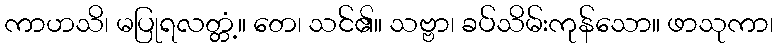
ကာဟသိ၊ မပြုရလတ္တံ့။ တေ၊ သင်၏။ သဗ္ဗာ၊ ခပ်သိမ်းကုန်သော။ ဖာသုကာ၊